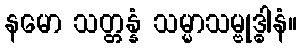
နမော သတ္တန္နံ သမ္မာသမ္ဗုဒ္ဓါနံ။